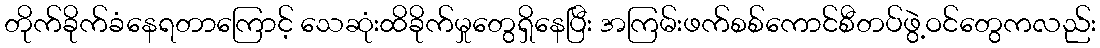
တိုက်ခိုက်ခံနေရတာကြောင့် သေဆုံးထိခိုက်မှုတွေရှိနေပြီး အကြမ်းဖက်စစ်ကောင်စီတပ်ဖွဲ့ဝင်တွေကလည်း